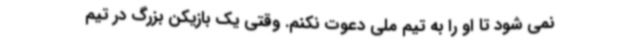
نمی شود تا او را به تیم ملی دعوت نکنم. وقتی یک بازیکن بزرگ در تیم